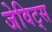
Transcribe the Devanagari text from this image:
जेविट्स